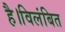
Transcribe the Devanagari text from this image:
है।विलंबित